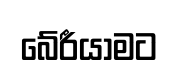
බේරීයාමට